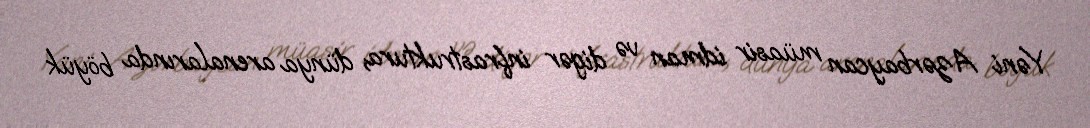
Yəni Azərbaycan müasir idman və digər infrastruktura, dünya arenalarında böyük